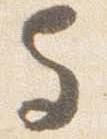
与